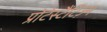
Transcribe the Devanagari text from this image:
प्रोटेस्टैंटिज़्म